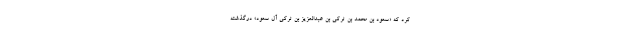
کرد که «سعود بن محمد بن ترکی بن عبدالعزیز بن ترکی آل سعود» درگذشته